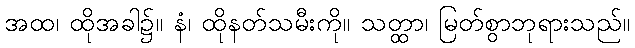
အထ၊ ထိုအခါ၌။ နံ၊ ထိုနတ်သမီးကို။ သတ္ထာ၊ မြတ်စွာဘုရားသည်။